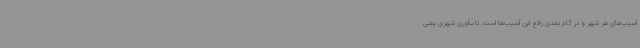
آسیب‌های هر شهر و در گام بعدی رفع این آسیب‌ها است. تاب‌آوری شهری یعنی